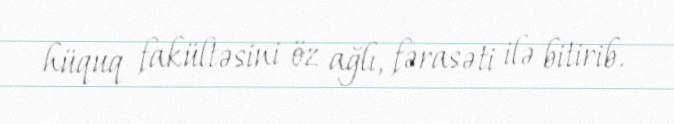
hüquq fakültəsini öz ağlı, fərasəti ilə bitirib.